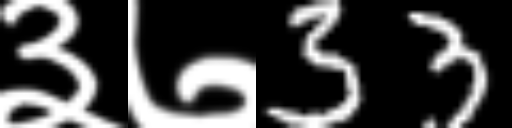
Text: ३७33